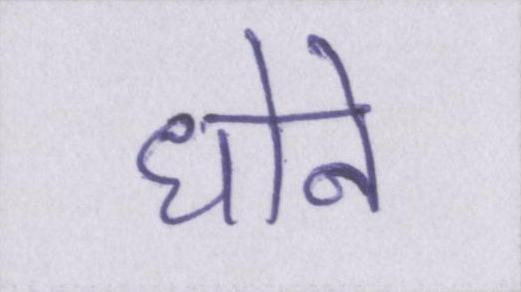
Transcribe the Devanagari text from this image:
धोने